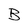
Character: B